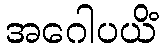
အဂေါပယိံ